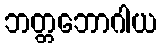
ဘတ္တဘောဂါယ